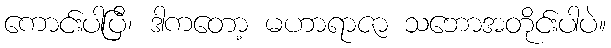
ကောင်းပါပြီ၊ ဒါကတော့ မဟာရာဇာ သဘောအတိုင်းပါပဲ။